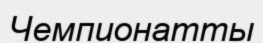
Чемпионатты